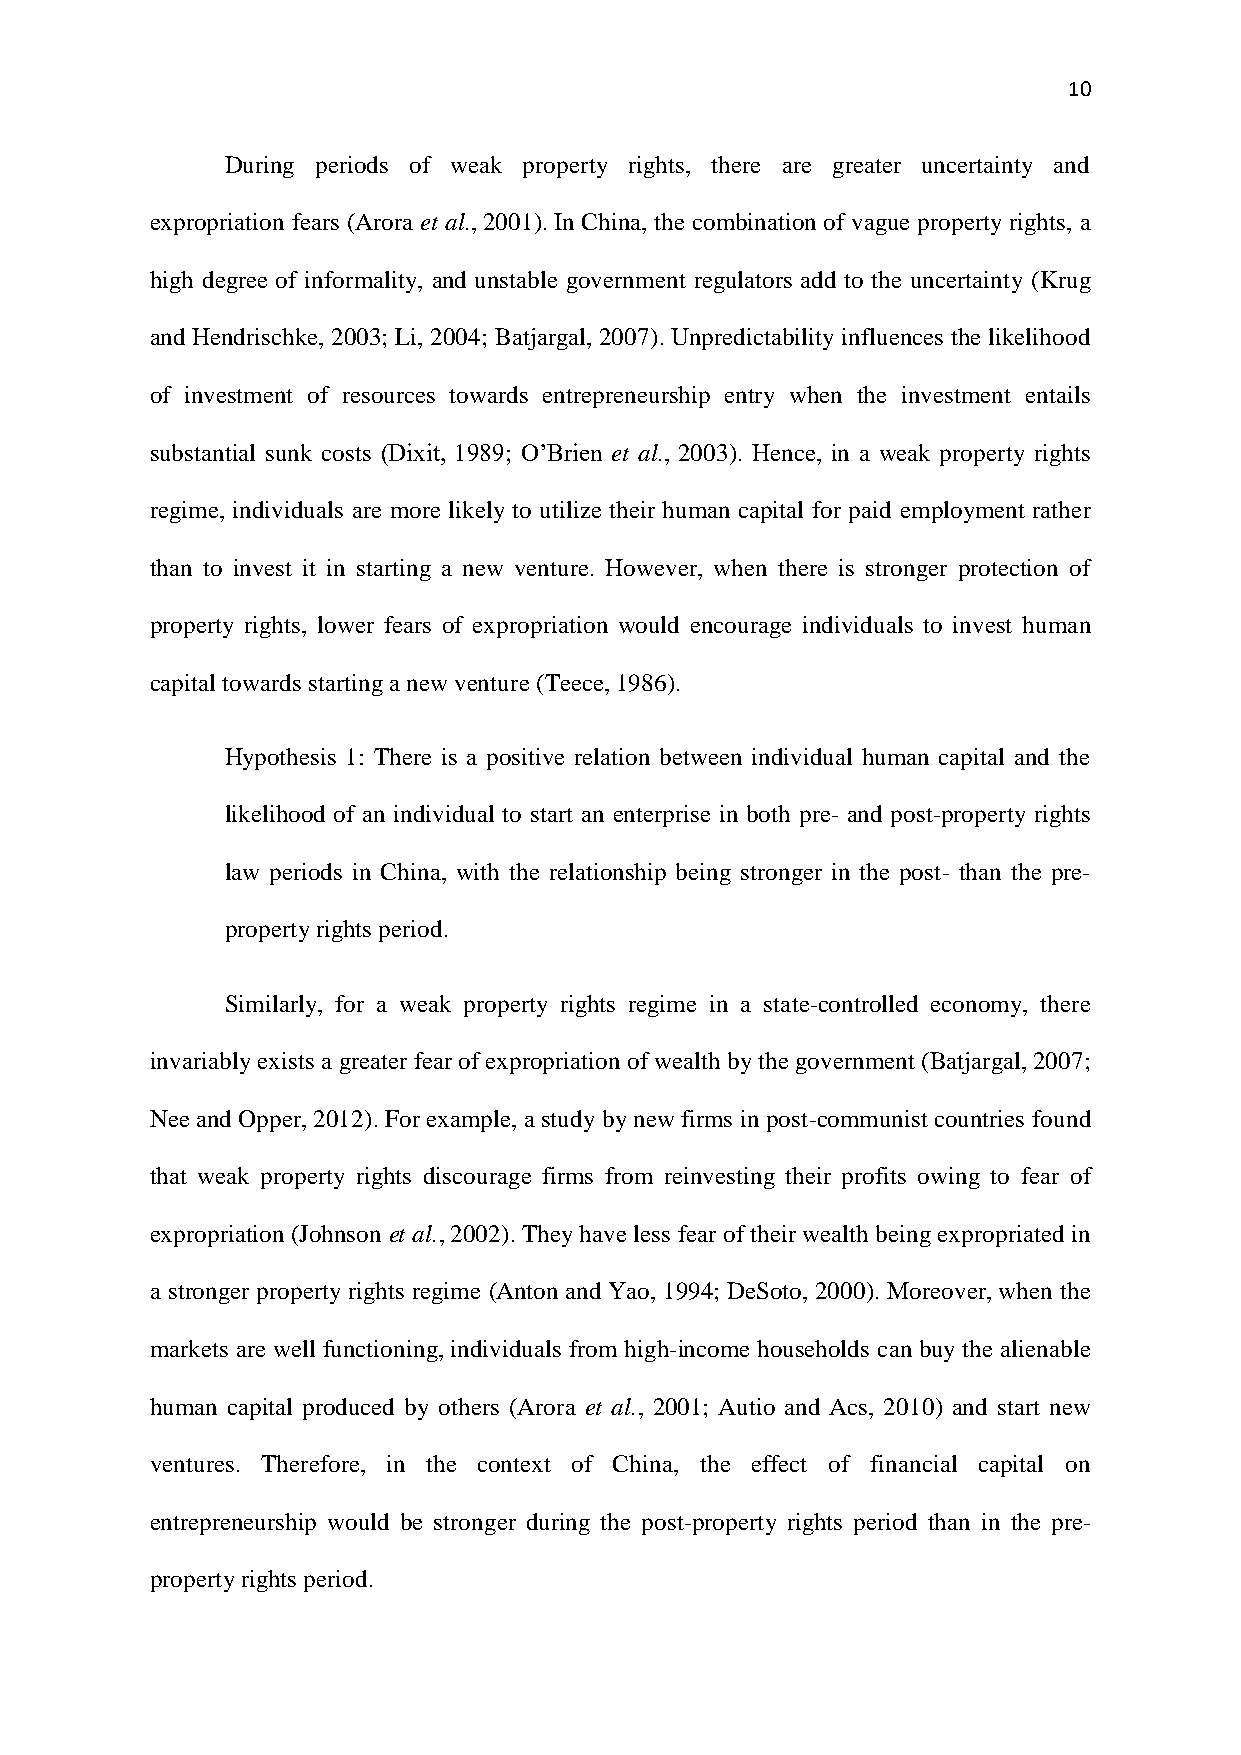
10
 During periods of weak property rights, there are greater uncertainty and
 expropriation fears (Arora et al., 2001). In China, the combination of vague property rights, a
 high degree of informality, and unstable government regulators add to the uncertainty (Krug
 and Hendrischke, 2003; Li, 2004; Batjargal, 2007). Unpredictability influences the likelihood
 of investment of resources towards entrepreneurship entry when the investment entails
 substantial sunk costs (Dixit, 1989; O’Brien et al., 2003). Hence, in a weak property rights
 regime, individuals are more likely to utilize their human capital for paid employment rather
 than to invest it in starting a new venture. However, when there is stronger protection of
 property rights, lower fears of expropriation would encourage individuals to invest human
 capital towards starting a new venture (Teece, 1986).
 Hypothesis 1: There is a positive relation between individual human capital and the
 likelihood of an individual to start an enterprise in both pre- and post-property rights
 law periods in China, with the relationship being stronger in the post- than the pre-
 property rights period.
 Similarly, for a weak property rights regime in a state-controlled economy, there
 invariably exists a greater fear of expropriation of wealth by the government (Batjargal, 2007;
 Nee and Opper, 2012). For example, a study by new firms in post-communist countries found
 that weak property rights discourage firms from reinvesting their profits owing to fear of
 expropriation (Johnson et al., 2002). They have less fear of their wealth being expropriated in
 a stronger property rights regime (Anton and Yao, 1994; DeSoto, 2000). Moreover, when the
 markets are well functioning, individuals from high-income households can buy the alienable
 human capital produced by others (Arora et al., 2001; Autio and Acs, 2010) and start new
 ventures. Therefore, in the context of China, the effect of financial capital on
 entrepreneurship would be stronger during the post-property rights period than in the pre-
 property rights period.